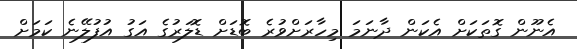
އެނޫން ގޮތަކަށް އެކަން ދާނަމަ މިހާރަށްވުރެ ބޮޑަށް ޑޮލަރުގެ އަގު އުފުލޭނެ ކަމަށް